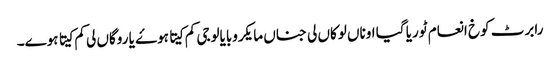
رابرٹ کوخ انعام ٹوریا گیا اوناں لوکاں لی جناں مایکروبایالوجی کم کیتا ہوۓ یا روگاں لی کم کیتا ہوے۔